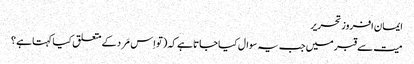
ایمان افروز تحریر
میت سے قبر میں جب یہ سوال کیا جاتا ہے کہ (تو اِس مَرد کے متعلق کیا کہتا ہے ؟